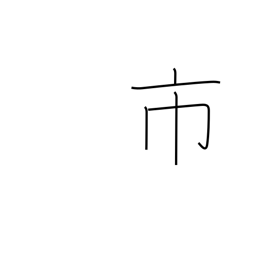
Meaning: city